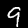
Label: 9